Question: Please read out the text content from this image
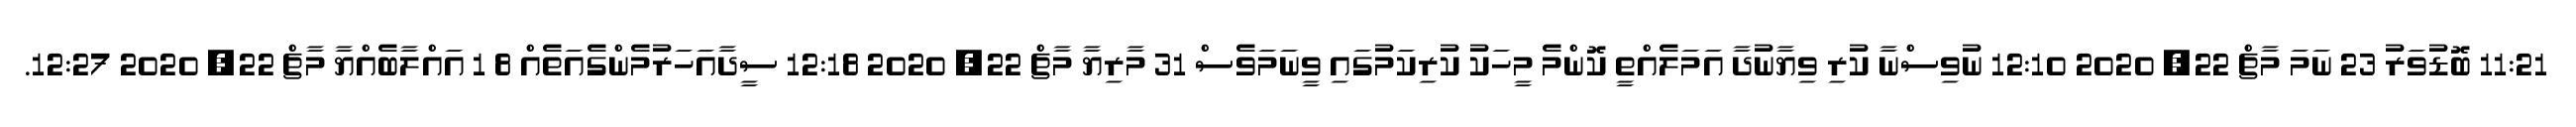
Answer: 11:21 ބޮޑުވަރު 23 ނަމަ މާޗް 22, 2020 12:10 ނުވިސްނާ ކުރި ވިޔާނުދާ އަމަލެއްތީ ކޮންމެ މީހަކު ކުރިކަމުގައި ވީނަމަވެސް 31 މާރިޔާ މާޗް 22, 2020 12:18 ސީދާއަހަރުމެންގެއަތެއް 8 1 އައްލާބެއްޔާ މާޗް 22, 2020 12:27.